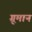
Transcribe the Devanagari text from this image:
ग्रूमान